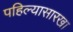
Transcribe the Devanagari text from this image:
पहिल्यासारखा